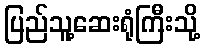
ပြည်သူ့ဆေးရုံကြီးသို့